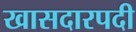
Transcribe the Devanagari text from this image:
खासदारपदी